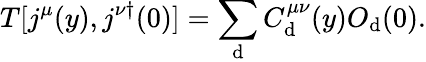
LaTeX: T[j^{\mu}(y),j^{\nu\dagger}(0)]=\sum_{\mathrm{d}}C_{\mathrm{d}}^{\mu\nu}(y)O_{\mathrm{d}}(0).